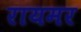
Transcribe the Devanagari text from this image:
रायमर